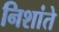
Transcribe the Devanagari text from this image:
निशांते